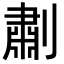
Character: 㔅